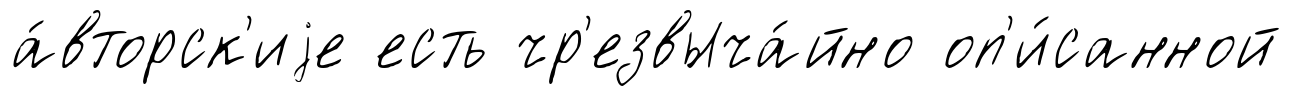
а́вторск'иjе есть чр'езвыча́йно оп'и́санной